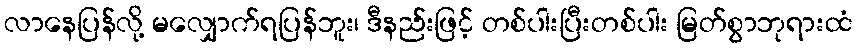
လာနေပြန်လို့ မလျှောက်ရပြန်ဘူး၊ ဒီနည်းဖြင့် တစ်ပါးပြီးတစ်ပါး မြတ်စွာဘုရားထံ